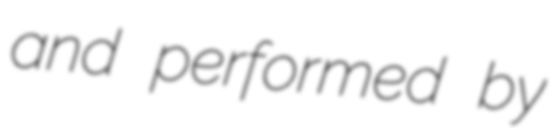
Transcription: and performed by